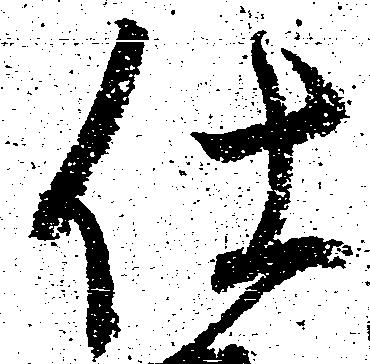
仕